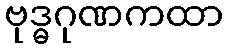
ဗုဒ္ဓဂုဏကထာ